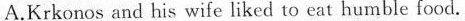
A.Krkonos and his wife liked to eat humble food.